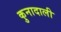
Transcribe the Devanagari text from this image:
कुनादाली